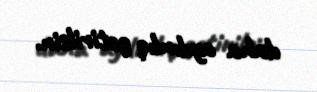
daha aydınlıq gətirilsin.